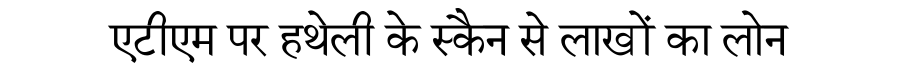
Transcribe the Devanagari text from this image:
एटीएम पर हथेली के स्कैन से लाखों का लोन